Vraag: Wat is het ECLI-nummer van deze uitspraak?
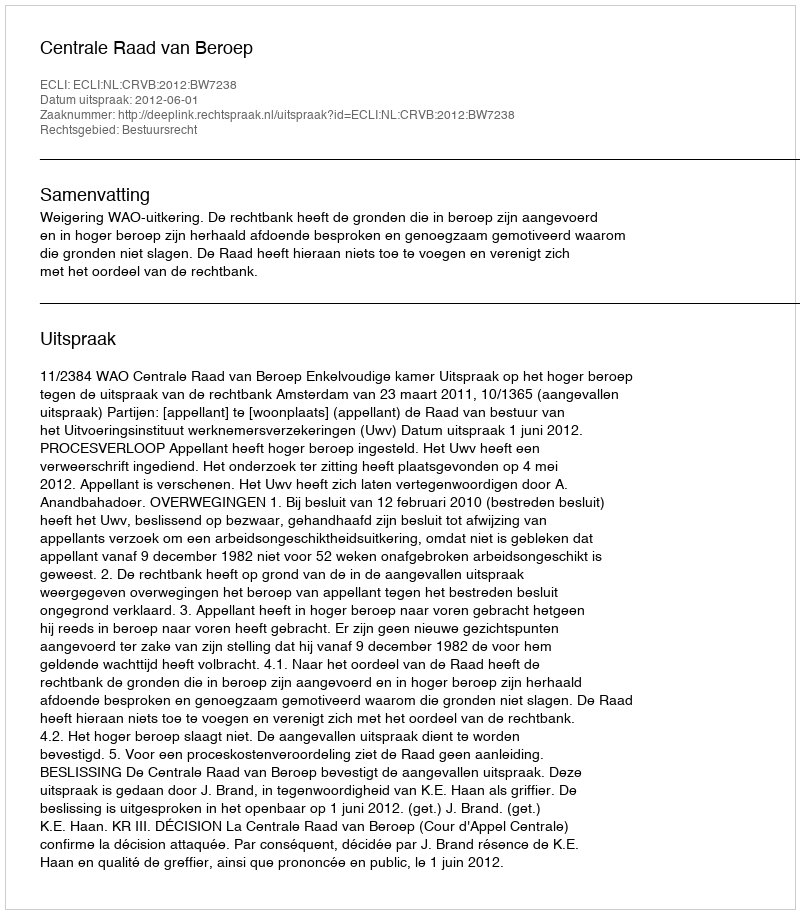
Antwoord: ECLI:NL:CRVB:2012:BW7238